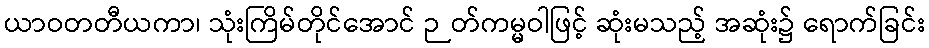
ယာဝတတီယကာ၊ သုံးကြိမ်တိုင်အောင် ဉတ်ကမ္မဝါဖြင့် ဆုံးမသည့် အဆုံး၌ ရောက်ခြင်း